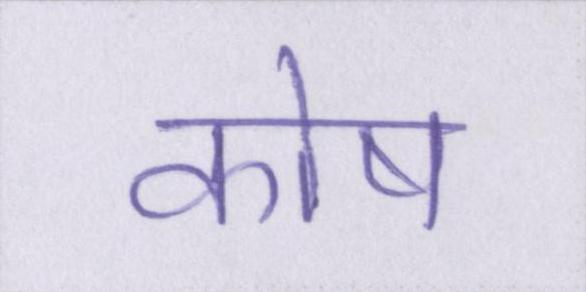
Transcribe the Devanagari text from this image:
कोष